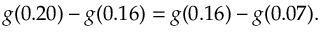
g ( 0 . 2 0 ) - g ( 0 . 1 6 ) = g ( 0 . 1 6 ) - g ( 0 . 0 7 ) .